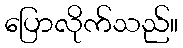
ပြောလိုက်သည်။